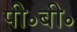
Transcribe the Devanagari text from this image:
पी॰बी॰